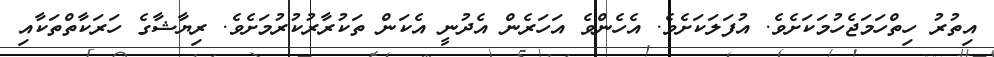
އިތުރު ހިތްހަމަޖެހުމަކަށެވެ. އުފަލަކަށެވެ. އެހެންވެ އަހަރެން އެދުނީ އެކަން ތަކުރާރުކުރުމަށެވެ. ރިޔާޝާގެ ހަރަކާތްތަކާއި